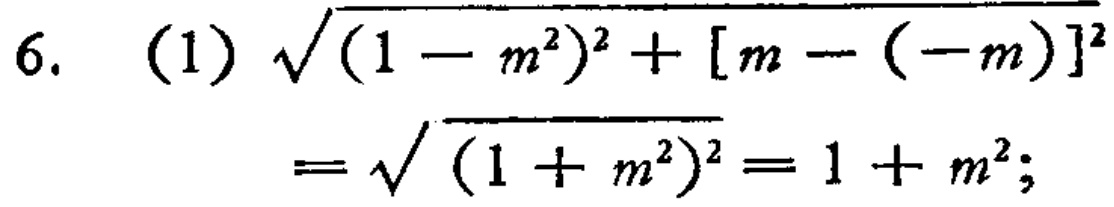
\[
\begin{align*}
&6.\quad(1)\sqrt{(1 - m^{2})^{2}+[m-(-m)]^{2}}\\
&=\sqrt{(1 + m^{2})^{2}}=1 + m^{2};
\end{align*}
\]